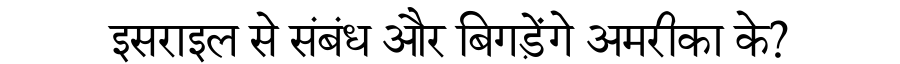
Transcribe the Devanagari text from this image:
इसराइल से संबंध और बिगड़ेंगे अमरीका के?